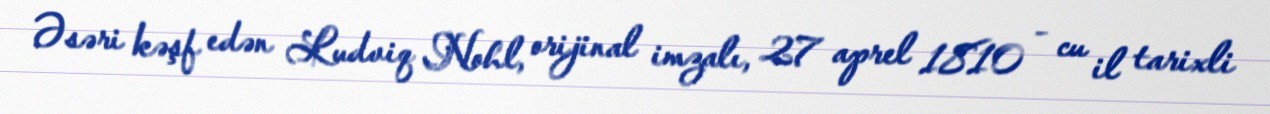
Əsəri kəşf edən Ludviq Nohl, orijinal imzalı, 27 aprel 1810 - cu il tarixli